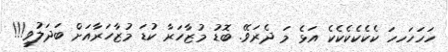
ހަހަހަހހަ ކެކެކެކެކެކެ އަޅެ މަ ދެރަވޭ. ބޮޑު މުޒާހަރާ ކުޑަ މުޒާހަރާއަށް ބަދަލުވީ!!!